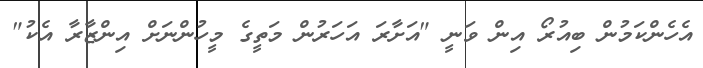
އެހެންކަމުން ބިއުރޯ އިން ވަނީ "އަށާރަ އަހަރުން މަތީގެ މީހުންނަށް އިންޒާރާ އެކު"